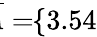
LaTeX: \! \! \! \! \! \! \! \; \; \overline{{A}}=\! \! \{ 3.54\} \! \! \!